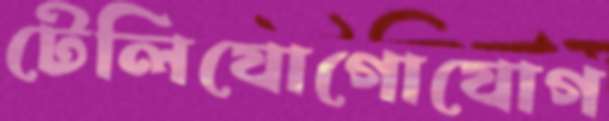
টেলিযোগোযোগ